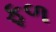
ફળ